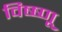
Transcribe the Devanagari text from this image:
विष्ष्णू